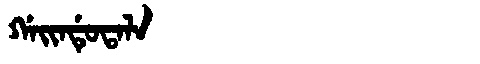
Manchu: ᡤᠠᡳᠨᡩᡠᡨᠠᠯᠠ
Romanization: GAINDUTALA